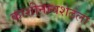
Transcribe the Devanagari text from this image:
काशीनाथशेठला